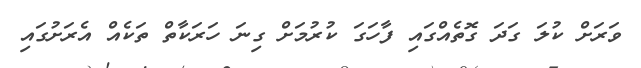
ވަރަށް ކުލަ ގަދަ ގޮތެއްގައި ފާހަގަ ކުރުމަށް ގިނަ ހަރަކާތް ތަކެއް އެރަށުގައި